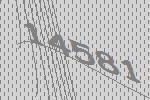
14581